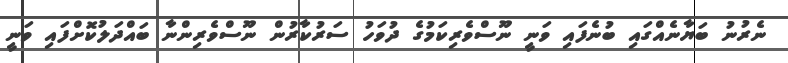
ނެރުނު ބަޔާނެއްގައި ބުނެފައި ވަނީ ނޫސްވެރިކަމުގެ ދުވަހު ސަރުކާރުން ނޫސްވެރިންނާ ބައްދަލުކޮށްފައި ވަނީ